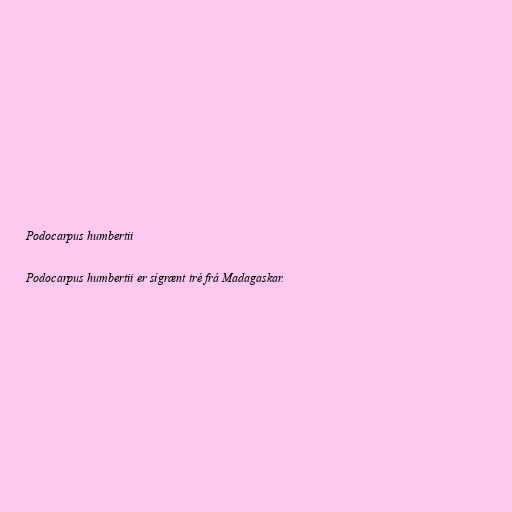
Podocarpus humbertii

Podocarpus humbertii er sígrænt tré frá Madagaskar.